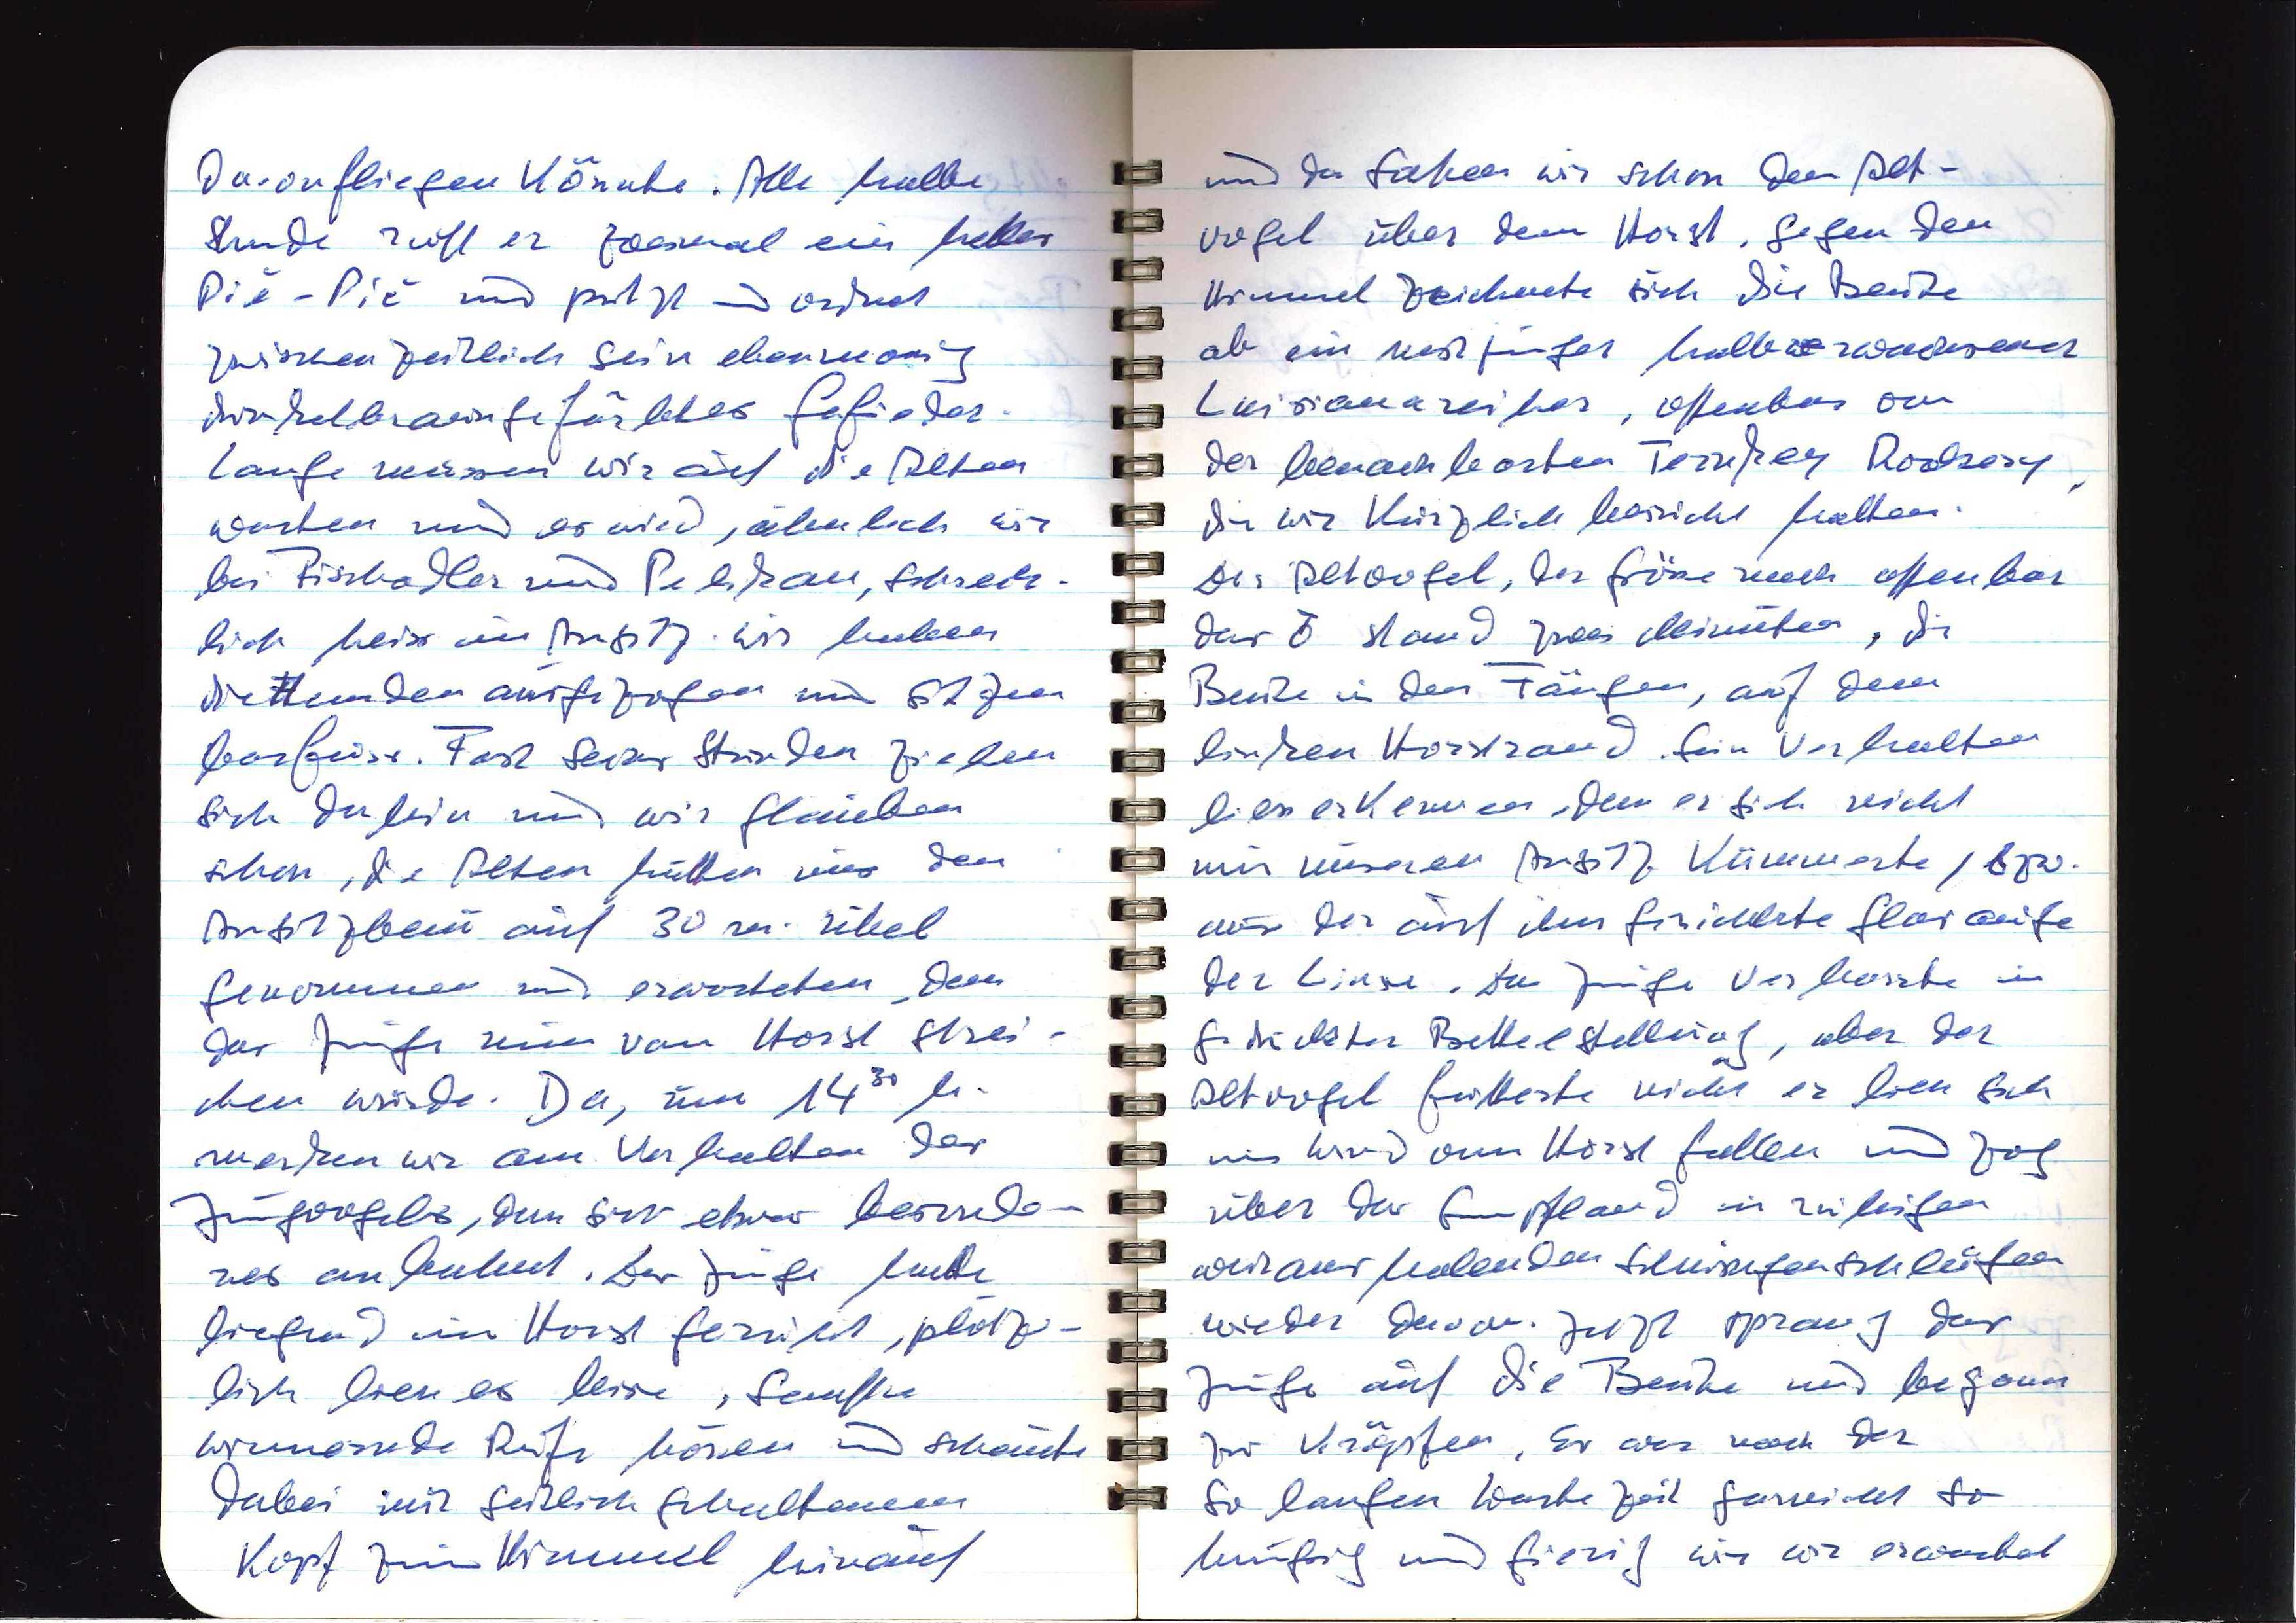
davonfliegen könnte. Alle halbe
Stunde ruft er zweimal ein helles
Piè-Piè und putzt und ordnet
zwischenzeitlich sein ebenmässig
dunkelbraun gefärbtes Gefieder.
Lange müssen wir auf die Alten
warten und es wird, ähnlich wie
bei Fischadler und Pelikan, schreck¬
lich heiss im Ansitz. Wir haben
die Hemden ausgezogen und sitzen
barfuss. Fast sechs Stunden ziehen
sich dahin und wir glauben
schon, die Alten hätten uns den
Ansitzbau auf 30m. übel
genommen und erwarteten, dass
der Junge nun vom Horst glei¬
ten würde. Da, um 1430 h
merken wir am Verhalten des
Jungvogels, dass sich etwas besonde¬
res anbahnt. Das Junge hatte
liegend im Horst geruht, plötz¬
lich liess es leise, sanfte
wimmernde Rufe hören und schaute
dabei mit seitlich gehaltenem
Kopf zum Himmel hinauf

und da sahen wir schon den Alt¬
vogel über dem Horst. Gegen den
Himmel zeichnete sich die Beute
ab, ein nestjunger halberwachsener
Luisianareiher, offenbar von
der benachbarten Turkey Rookery,
die wir kürzlich besucht hatten.
Der Altvogel, der Grösse nach offenbar
der ♂ stand zwei Minuten, die
Beute in den Fängen, auf dem
linken Horstrand. Sein Verhalten
liess erkennen, dass er sich nicht
um unseren Ansitz kümmerte, bzw.
um das auf ihn gerichtete Glasauge
der Linse. Das Junge verharrte in
geduckter Bettelstellung, aber der
Altvogel fütterte nicht er liess sich
im Wind vom Horst fallen und zog
über das Sumpfland in ruhigen
weit ausholenden Schlingenschleifen
wieder davon. Jetzt sprang das
Junge auf die Beute und begann
zu kröpfen. Es war nach der
so langen Wartezeit garnicht so
hungrig und gierig wie wir erwartet